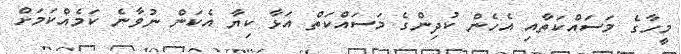
މީހާގެ މަސައްކަތާއި އެހެން ކުދިންގެ މަސައްކަތް އަޅާ ކިޔާ އެކަން ނުވާނެ ކަމެއްކަމަށް